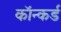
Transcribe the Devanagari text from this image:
कॉन्कर्ड